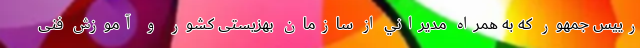
رييس جمهور كه به همراه مديراني از سازمان بهزیستی کشور و آموزش فنی